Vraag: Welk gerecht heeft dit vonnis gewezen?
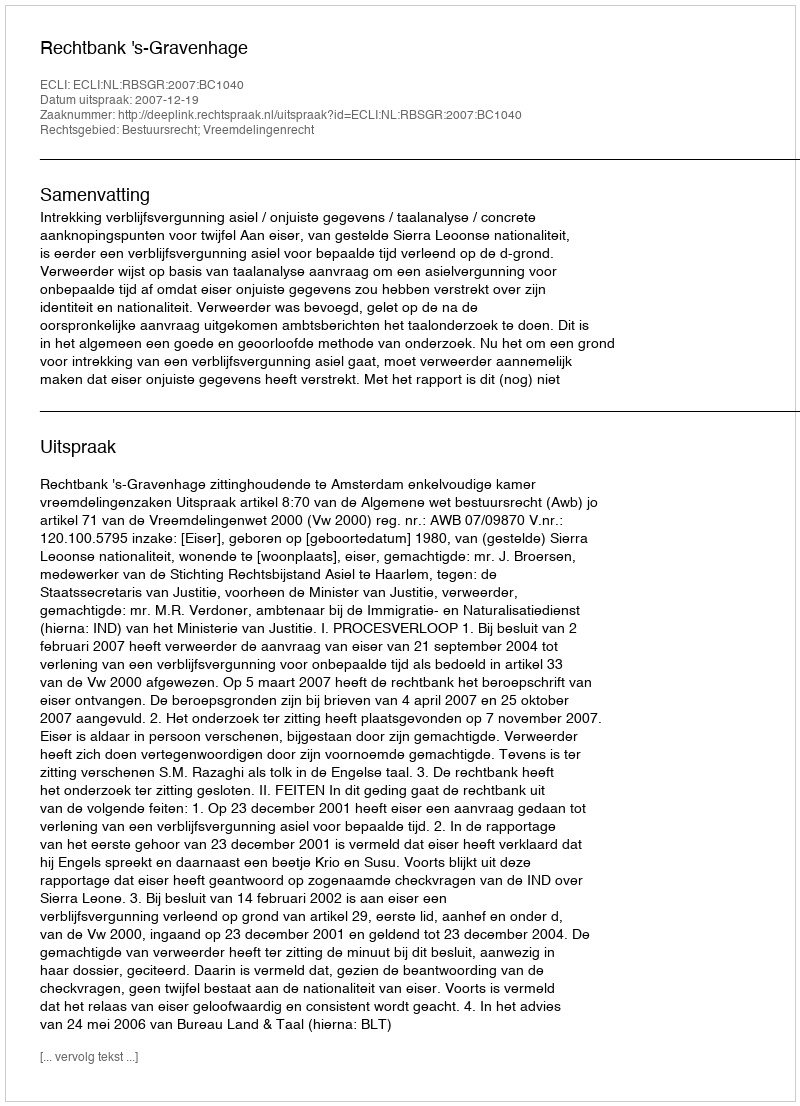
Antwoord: Rechtbank 's-Gravenhage